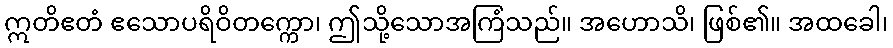
ဣတိဧတံ ဧသောပရိဝိတက္ကော၊ ဤသို့သောအကြံသည်။ အဟောသိ၊ ဖြစ်၏။ အထခေါ၊